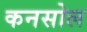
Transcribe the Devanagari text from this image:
कनसोल